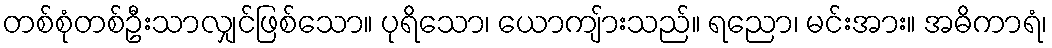
တစ်စုံတစ်ဦးသာလျှင်ဖြစ်သော။ ပုရိသော၊ ယောကျ်ားသည်။ ရညော၊ မင်းအား။ အဓိကာရံ၊